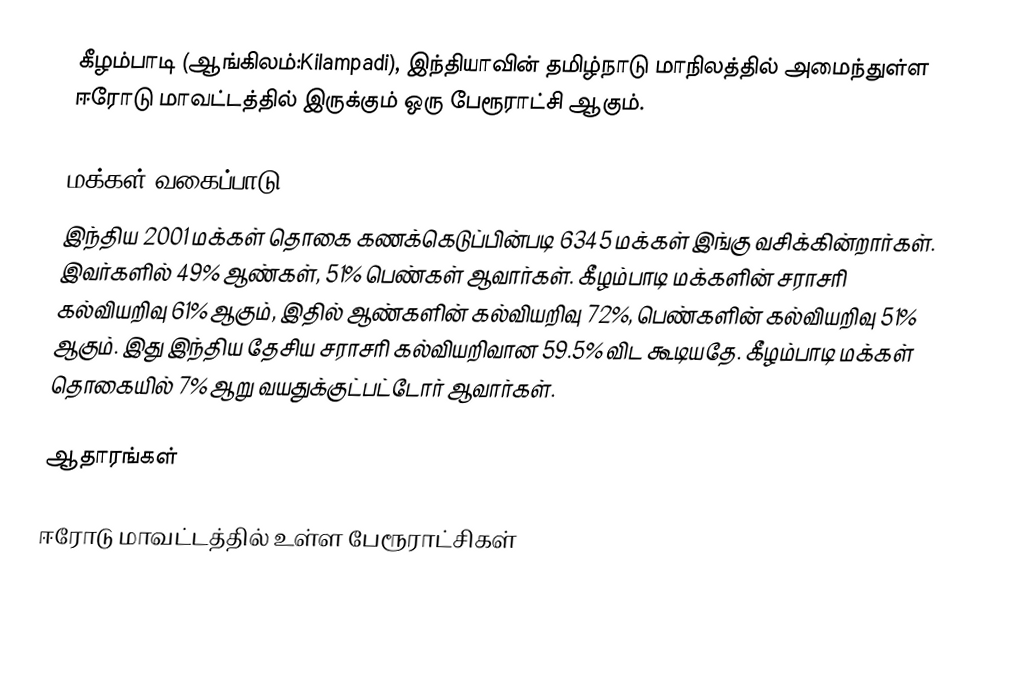
கீழம்பாடி (ஆங்கிலம்:Kilampadi), இந்தியாவின் தமிழ்நாடு மாநிலத்தில் அமைந்துள்ள ஈரோடு மாவட்டத்தில் இருக்கும் ஒரு பேரூராட்சி ஆகும்.

மக்கள் வகைப்பாடு
இந்திய 2001 மக்கள் தொகை கணக்கெடுப்பின்படி 6345 மக்கள் இங்கு வசிக்கின்றார்கள். இவர்களில் 49% ஆண்கள், 51% பெண்கள் ஆவார்கள். கீழம்பாடி மக்களின் சராசரி கல்வியறிவு 61% ஆகும்,  இதில் ஆண்களின் கல்வியறிவு 72%,  பெண்களின் கல்வியறிவு 51% ஆகும். இது இந்திய தேசிய சராசரி கல்வியறிவான 59.5% விட கூடியதே. கீழம்பாடி மக்கள் தொகையில் 7%  ஆறு வயதுக்குட்பட்டோர் ஆவார்கள்.

ஆதாரங்கள்

ஈரோடு மாவட்டத்தில் உள்ள பேரூராட்சிகள்